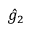
\hat { g } _ { 2 }